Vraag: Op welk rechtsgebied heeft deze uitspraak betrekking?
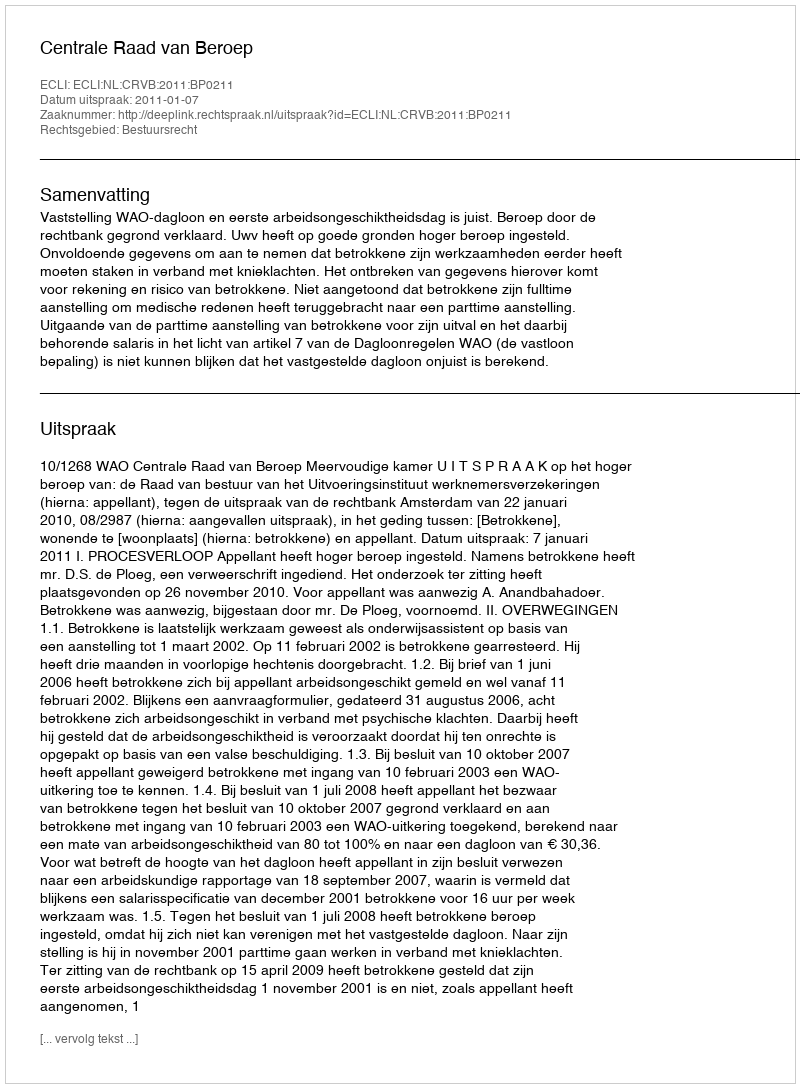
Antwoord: Bestuursrecht